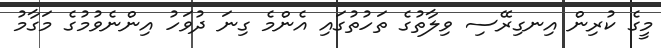
މީގެ ކުރިން އިނގިރޭސި ވިލާތުގެ ތަހުތުގައި އެންމެ ގިނަ ދުވަހު އިންނެވުމުގެ މަގާމު